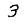
Digit: 3